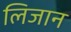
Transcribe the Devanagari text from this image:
लिजान